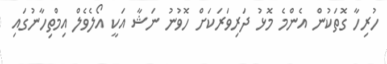
ހުރިހާ ގޮތަކުން އެންމެ މޮޅު ދަރިވަރަކަށް ހޮވުނު ނަޝާ އަކީ އޯލެވެލް އިމްތިހާނުގައި